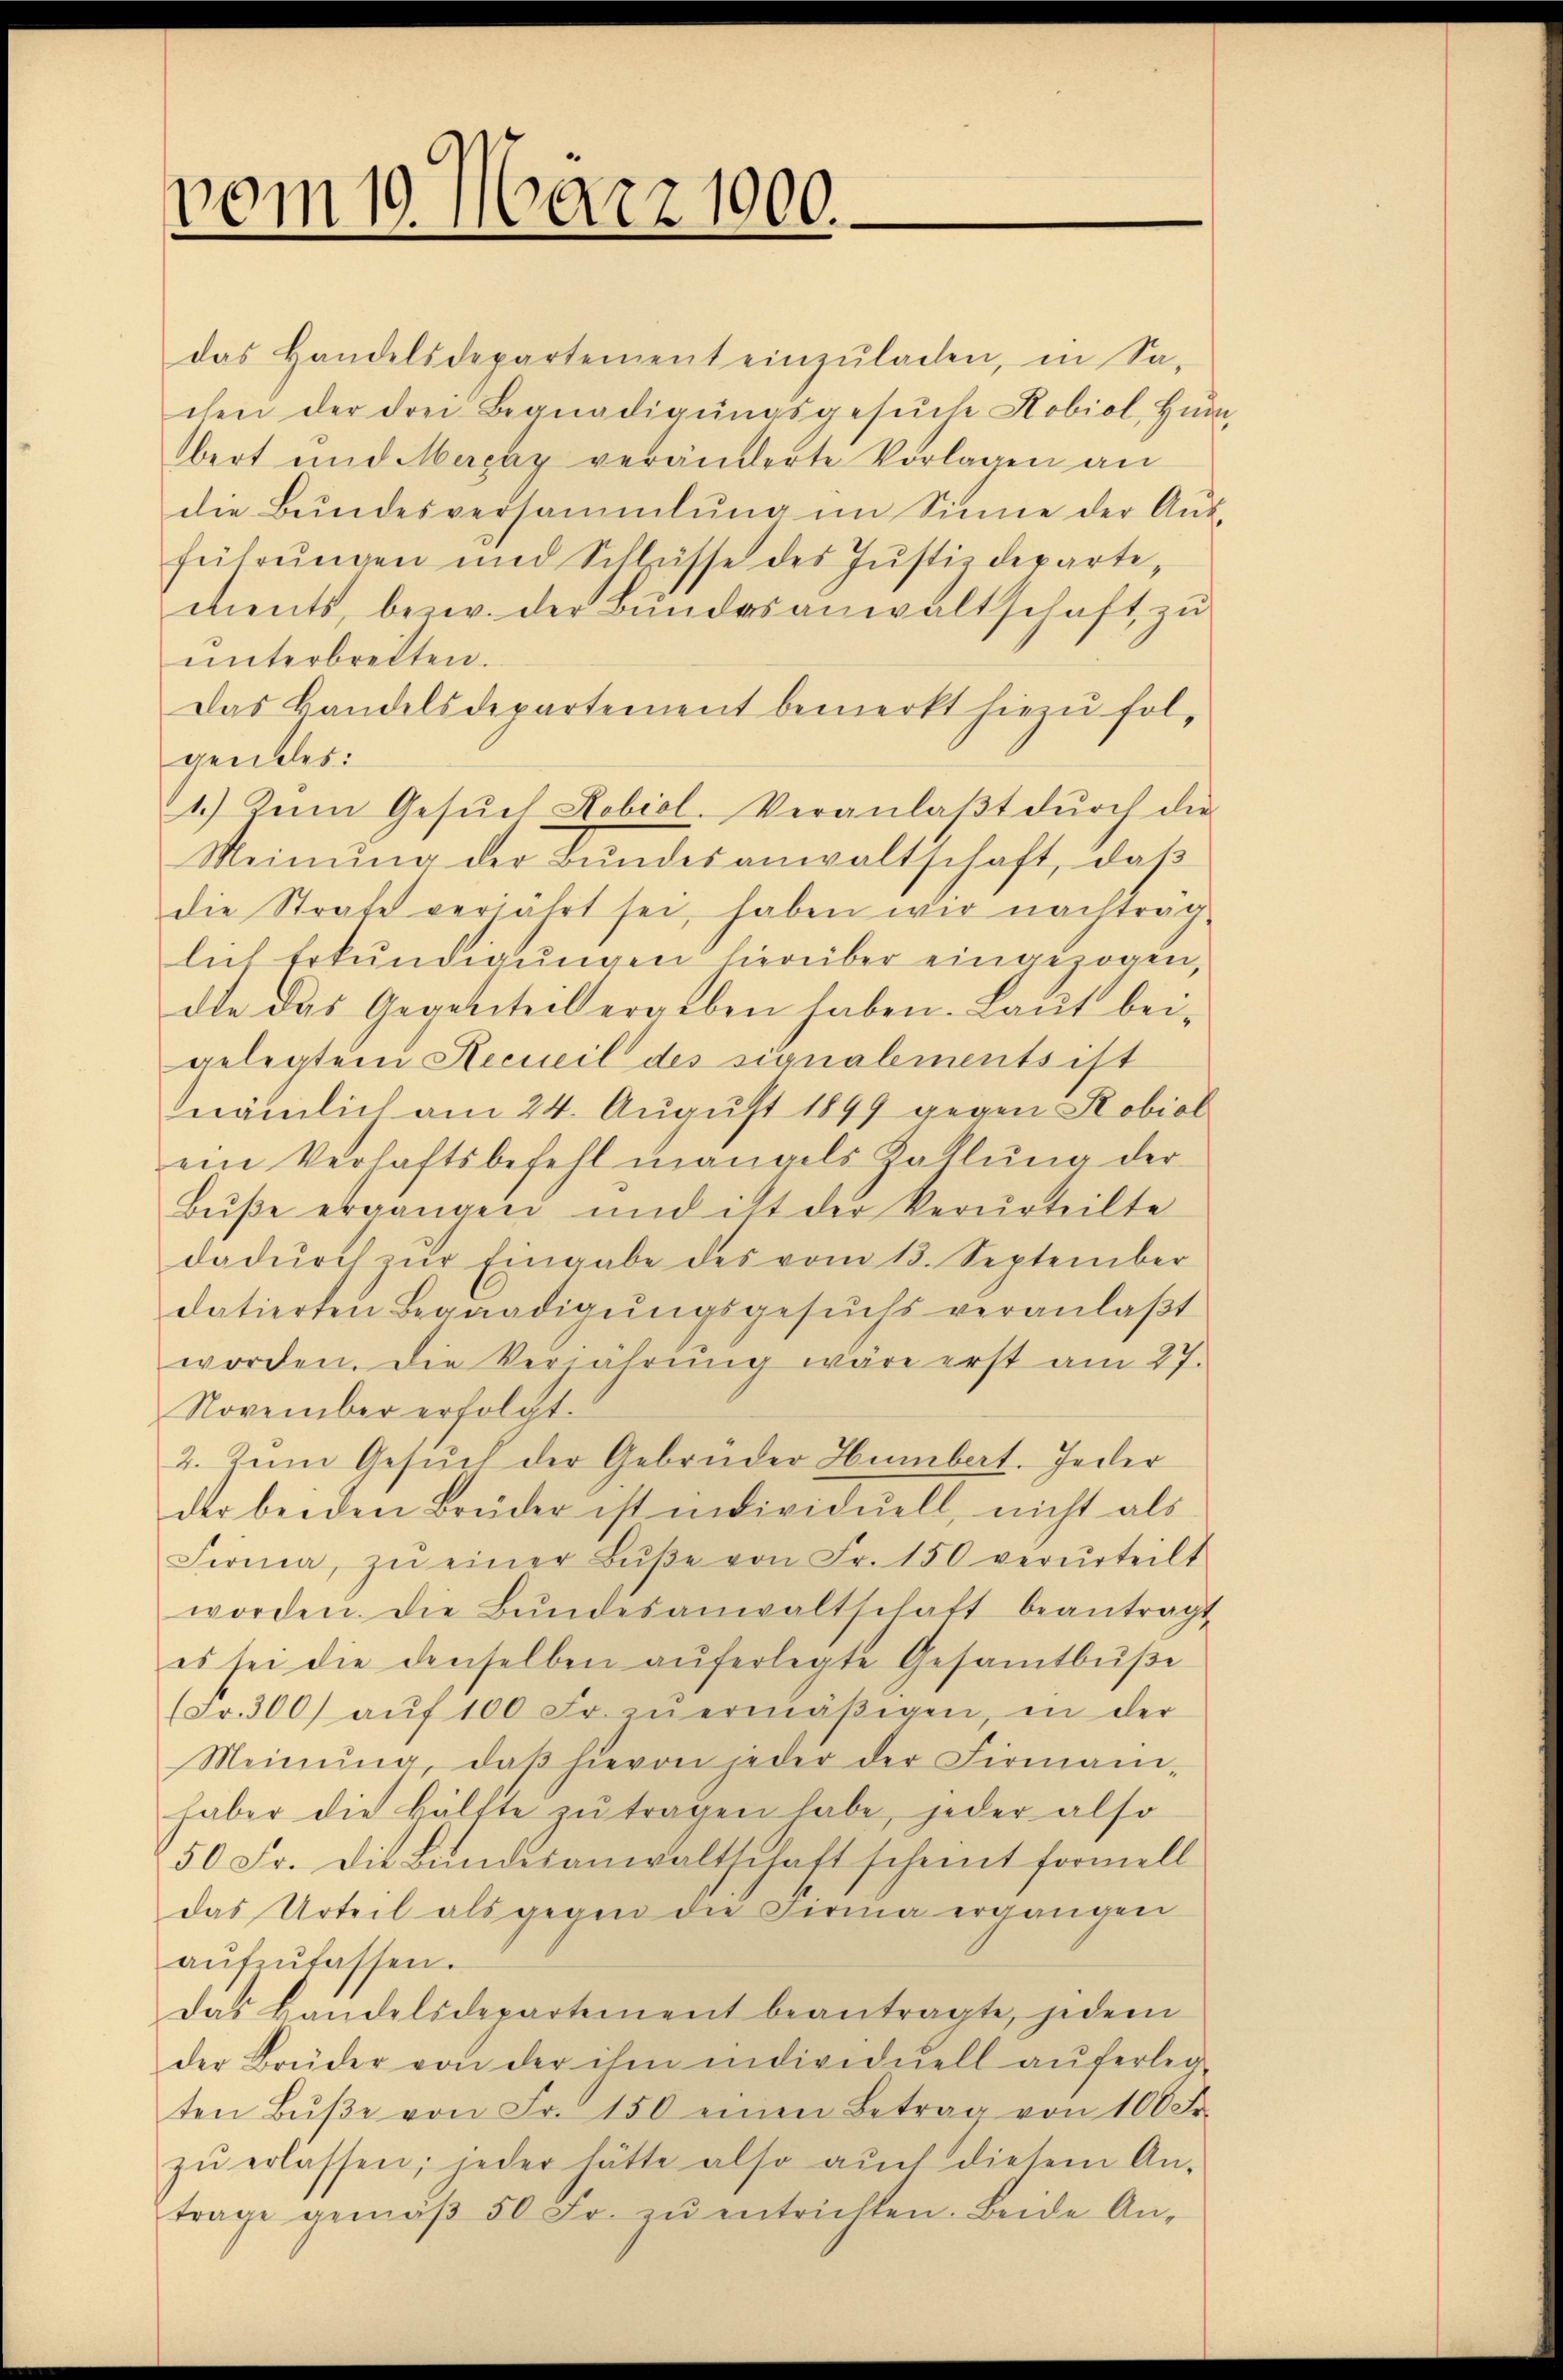
vom 19. März 1900.

das Handelsdepartement einzŭladen, in Sa-
chen der drei Begnadigŭngsgesŭche Kobiol, Hum
bert und Magaz veränderte Vorlagen an
die Bundesversammlung im Sinne der Aŭs-
führungen und Schlüsse des Justizdepartements, bezw. der Bundesanwaltschaft zu
unterbreiten.
Das Bandelsdepartement bemerkt hiezu fol,
gendes:
1.) Zum Gesŭch Lobiol. Veranlaβt dŭrch die
Meinung der Bundesanwaltschaft, daß
die Strafe verjährt sei, haben wir nachtrag-
lich Erkundigungen hierüber eingezogen,
die das Gegensteil ergeben haben. Laut beigelegten Recueil des signalements ist
nämlich am 24. August 1899 gegen Robial
ein Verhaftsbefehl man als Zallŭng der
Bŭβe ergangen und ist der Verurteilte
dadŭrch zŭr Eingabe des vom 13. September
datierten Begnadigŭngsgesŭchs veranlaβt
worden. Die Verjährŭng wäre erst am 27.
November erfolgt.
2. Zum Gesŭch der Gebrüder Humbert. Jeder
der beiden Brüder ist individuell, nicht als
Ferma, zŭ einer Bŭβe von Fr. 150 verurteilt
worden. Die Bŭndesanwaltschaft beantragt
es sei die denselben auferlegte Gesamtbüße
(Fr. 300 aŭf 100 Fr. zŭ ermäβigen, in der
Meinŭng, daβ hievon jeder der Firmani-
haber die Hälfte zŭ tragen habe, jeder also
50 Fr. die Bŭndesanwaltschaft scheint formell
das Urteil als gegen die Firma ergangen
aŭfzŭfassen.
Das Handelsdepartement beantragte, jedem
der Brüder von der ihm individuell auferleg
ten Bŭβe von Fr. 150 einen Betrag von 100 Fr.
zŭ erlassen; jeder hätte also auch diesem An-
trage gemäβ 50 Fr. zŭ entrichten. Beide An-